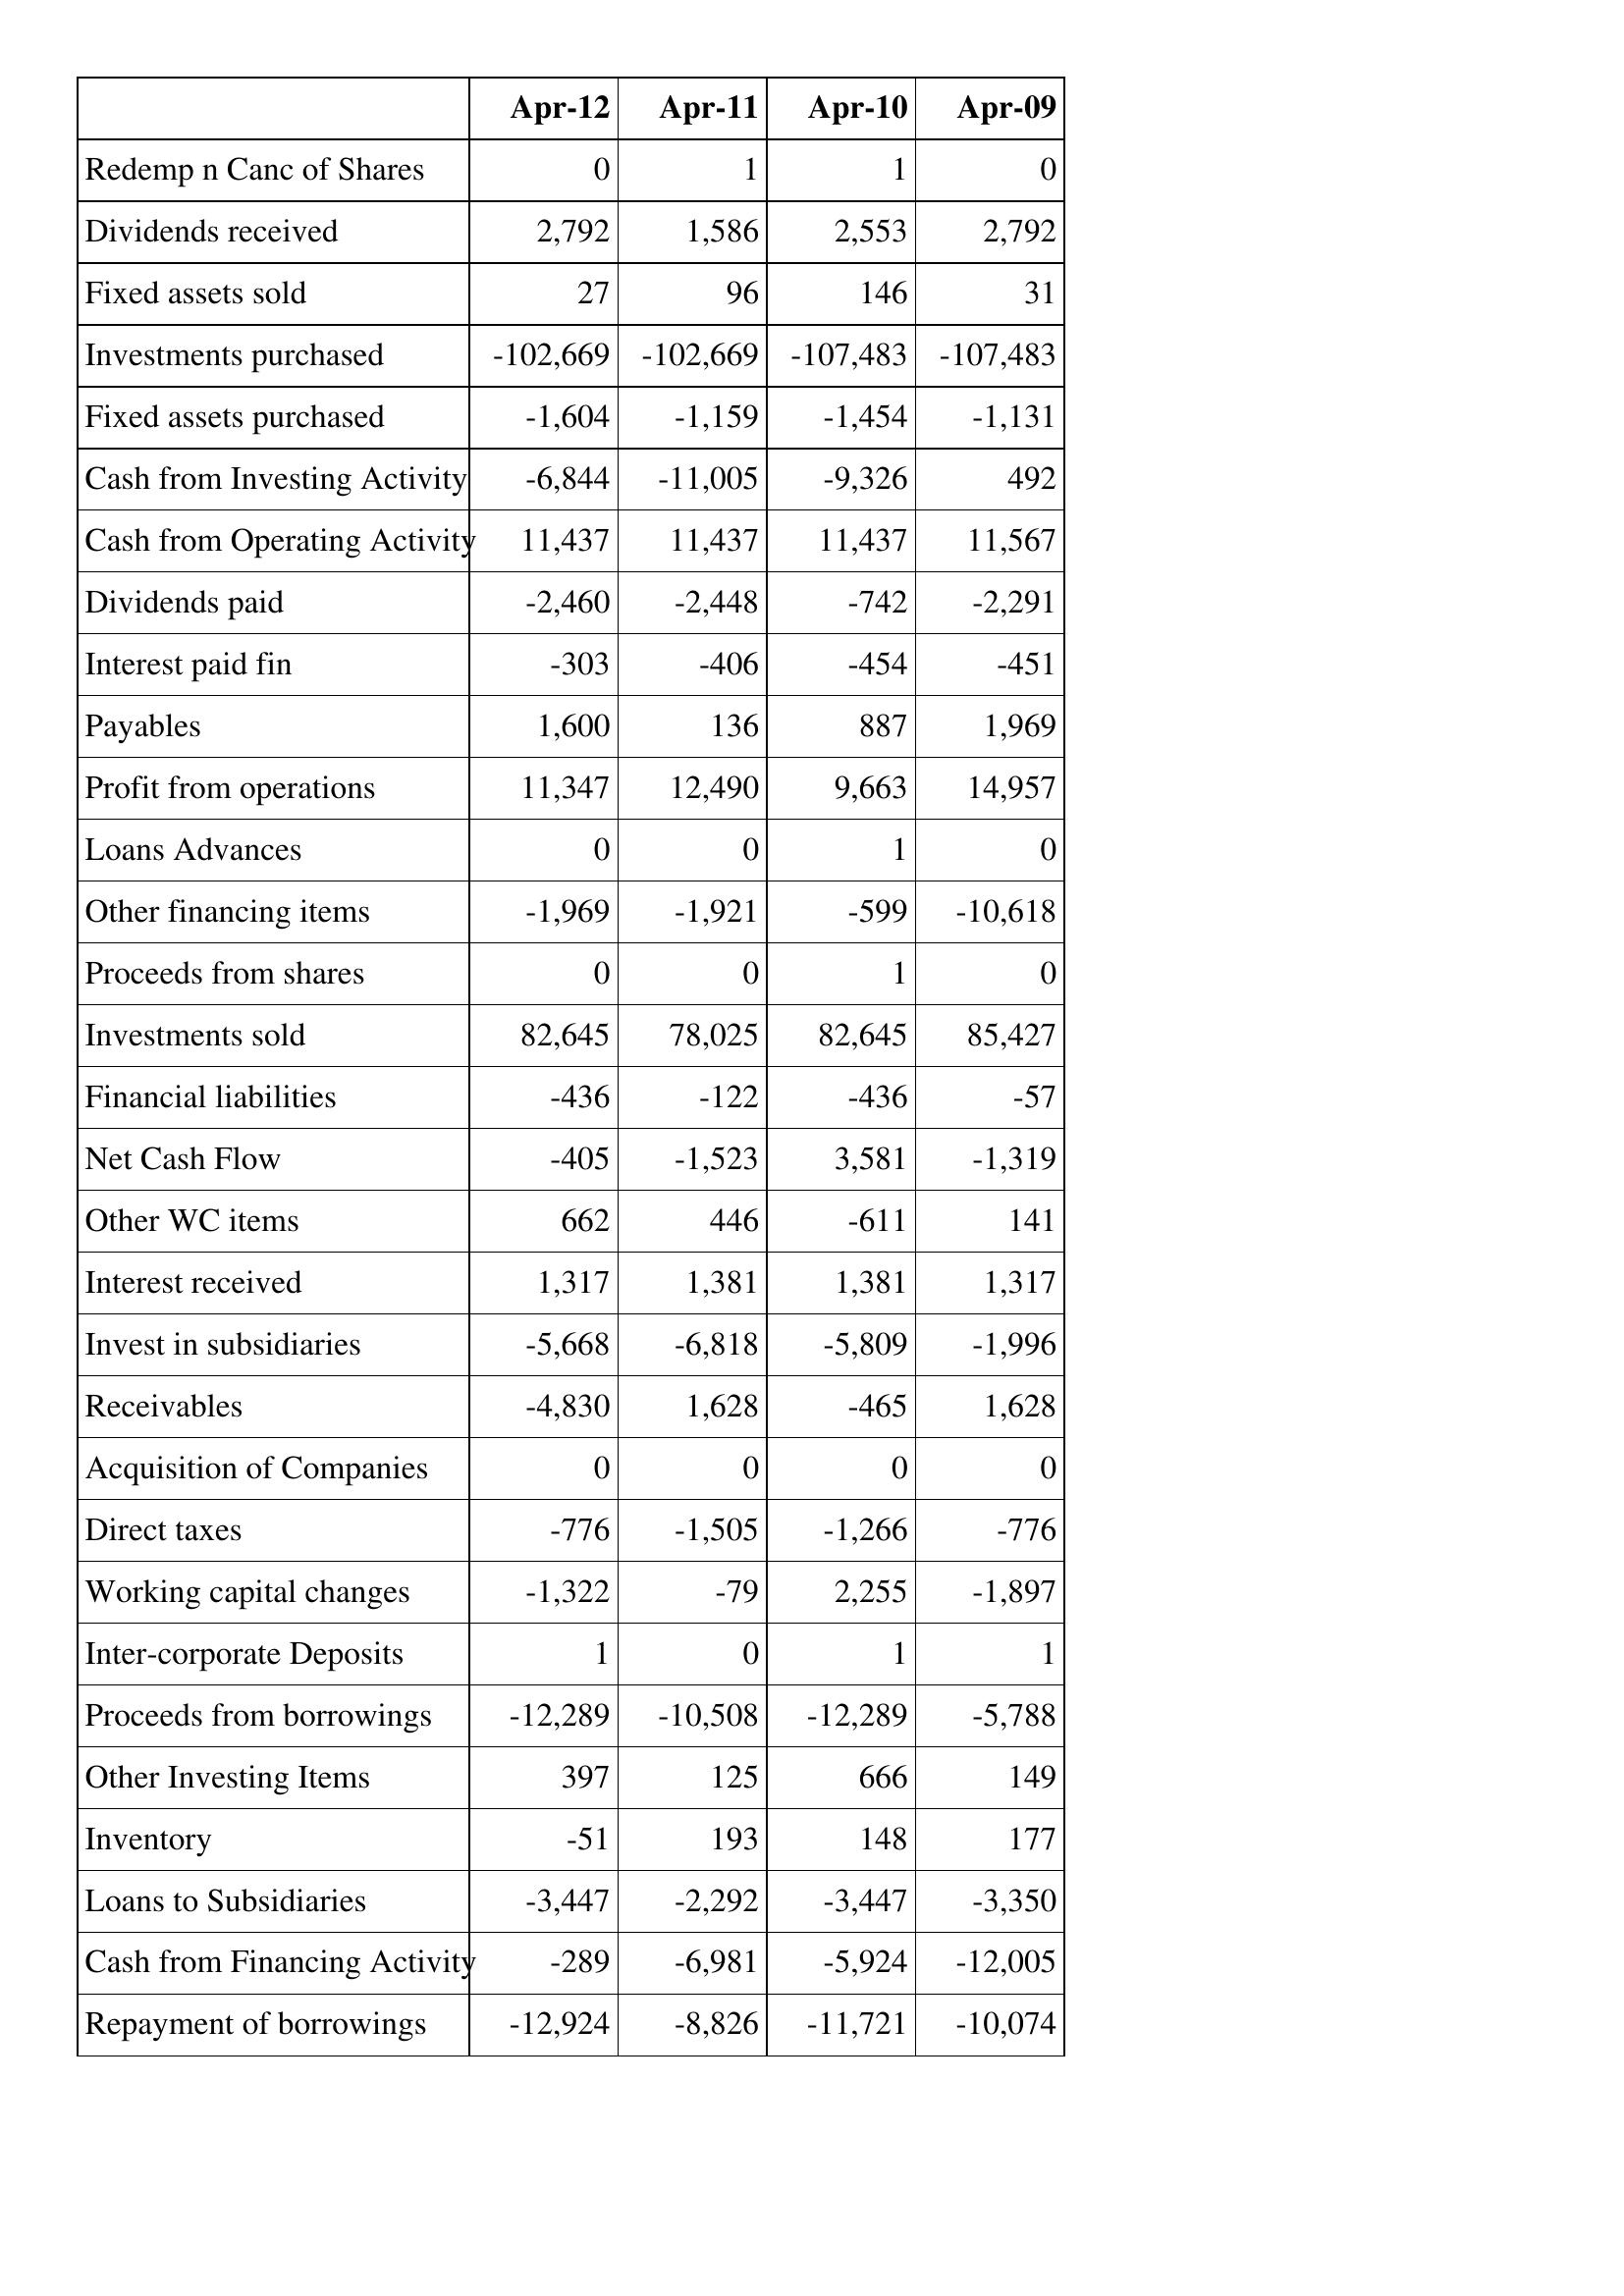
Apr-12: Cash Flows: Redemp n Canc of Shares: 0
Dividends received: 2,792
Fixed assets sold: 27
Investments purchased: -102,669
Fixed assets purchased: -1,604
Cash from Investing Activity: -6,844
Cash from Operating Activity: 11,437
Dividends paid: -2,460
Interest paid fin: -303
Payables: 1,600
Profit from operations: 11,347
Loans Advances: 0
Other financing items: -1,969
Proceeds from shares: 0
Investments sold: 82,645
Financial liabilities: -436
Net Cash Flow: -405
Other WC items: 662
Interest received: 1,317
Invest in subsidiaries: -5,668
Receivables: -4,830
Acquisition of Companies: 0
Direct taxes: -776
Working capital changes: -1,322
Inter-corporate Deposits: 1
Proceeds from borrowings: -12,289
Other Investing Items: 397
Inventory: -51
Loans to Subsidiaries: -3,447
Cash from Financing Activity: -289
Repayment of borrowings: -12,924
Apr-11: Cash Flows: Redemp n Canc of Shares: 1
Dividends received: 1,586
Fixed assets sold: 96
Investments purchased: -102,669
Fixed assets purchased: -1,159
Cash from Investing Activity: -11,005
Cash from Operating Activity: 11,437
Dividends paid: -2,448
Interest paid fin: -406
Payables: 136
Profit from operations: 12,490
Loans Advances: 0
Other financing items: -1,921
Proceeds from shares: 0
Investments sold: 78,025
Financial liabilities: -122
Net Cash Flow: -1,523
Other WC items: 446
Interest received: 1,381
Invest in subsidiaries: -6,818
Receivables: 1,628
Acquisition of Companies: 0
Direct taxes: -1,505
Working capital changes: -79
Inter-corporate Deposits: 0
Proceeds from borrowings: -10,508
Other Investing Items: 125
Inventory: 193
Loans to Subsidiaries: -2,292
Cash from Financing Activity: -6,981
Repayment of borrowings: -8,826
Apr-10: Cash Flows: Redemp n Canc of Shares: 1
Dividends received: 2,553
Fixed assets sold: 146
Investments purchased: -107,483
Fixed assets purchased: -1,454
Cash from Investing Activity: -9,326
Cash from Operating Activity: 11,437
Dividends paid: -742
Interest paid fin: -454
Payables: 887
Profit from operations: 9,663
Loans Advances: 1
Other financing items: -599
Proceeds from shares: 1
Investments sold: 82,645
Financial liabilities: -436
Net Cash Flow: 3,581
Other WC items: -611
Interest received: 1,381
Invest in subsidiaries: -5,809
Receivables: -465
Acquisition of Companies: 0
Direct taxes: -1,266
Working capital changes: 2,255
Inter-corporate Deposits: 1
Proceeds from borrowings: -12,289
Other Investing Items: 666
Inventory: 148
Loans to Subsidiaries: -3,447
Cash from Financing Activity: -5,924
Repayment of borrowings: -11,721
Apr-09: Cash Flows: Redemp n Canc of Shares: 0
Dividends received: 2,792
Fixed assets sold: 31
Investments purchased: -107,483
Fixed assets purchased: -1,131
Cash from Investing Activity: 492
Cash from Operating Activity: 11,567
Dividends paid: -2,291
Interest paid fin: -451
Payables: 1,969
Profit from operations: 14,957
Loans Advances: 0
Other financing items: -10,618
Proceeds from shares: 0
Investments sold: 85,427
Financial liabilities: -57
Net Cash Flow: -1,319
Other WC items: 141
Interest received: 1,317
Invest in subsidiaries: -1,996
Receivables: 1,628
Acquisition of Companies: 0
Direct taxes: -776
Working capital changes: -1,897
Inter-corporate Deposits: 1
Proceeds from borrowings: -5,788
Other Investing Items: 149
Inventory: 177
Loans to Subsidiaries: -3,350
Cash from Financing Activity: -12,005
Repayment of borrowings: -10,074